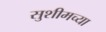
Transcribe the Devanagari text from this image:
सुशीमच्या